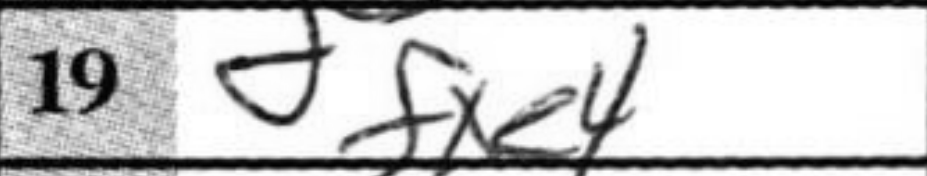
Transcription: fxe4